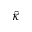
\hat { \kappa }